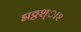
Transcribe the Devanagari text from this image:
द्मठ्ठश्ा२